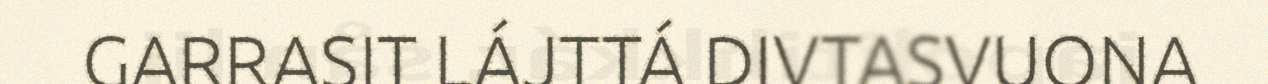
GARRASIT LÁJTTÁ DIVTASVUONA